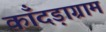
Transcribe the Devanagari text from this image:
काँदड़ाग्राम